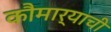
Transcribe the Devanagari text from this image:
कौमार्याची